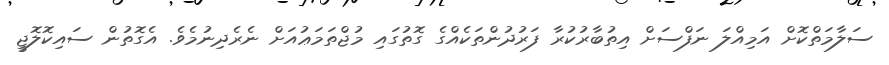
ސަލާމަތްކޮށް އަމިއްލަ ނަފްސަށް އިތުބާރުކުރާ ފަރުދުންތަކެއްގެ ގޮތުގައި މުޖްތަމަޢުއަށް ނެރެދިނުމެވެ. އެގޮތުން ސައިކޮލޮޖީ